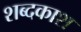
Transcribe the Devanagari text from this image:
शब्दकाश